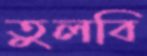
তুলবি